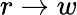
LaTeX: r\rightarrow w